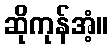
ဆိုကုန်အံ့။